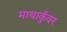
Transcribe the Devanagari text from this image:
माथाकुँवर